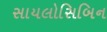
સાયલોસિબિન